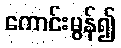
ကောင်းမွန်၍